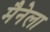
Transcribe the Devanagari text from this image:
मैनेला